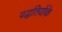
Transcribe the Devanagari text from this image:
पद्धतियोंके